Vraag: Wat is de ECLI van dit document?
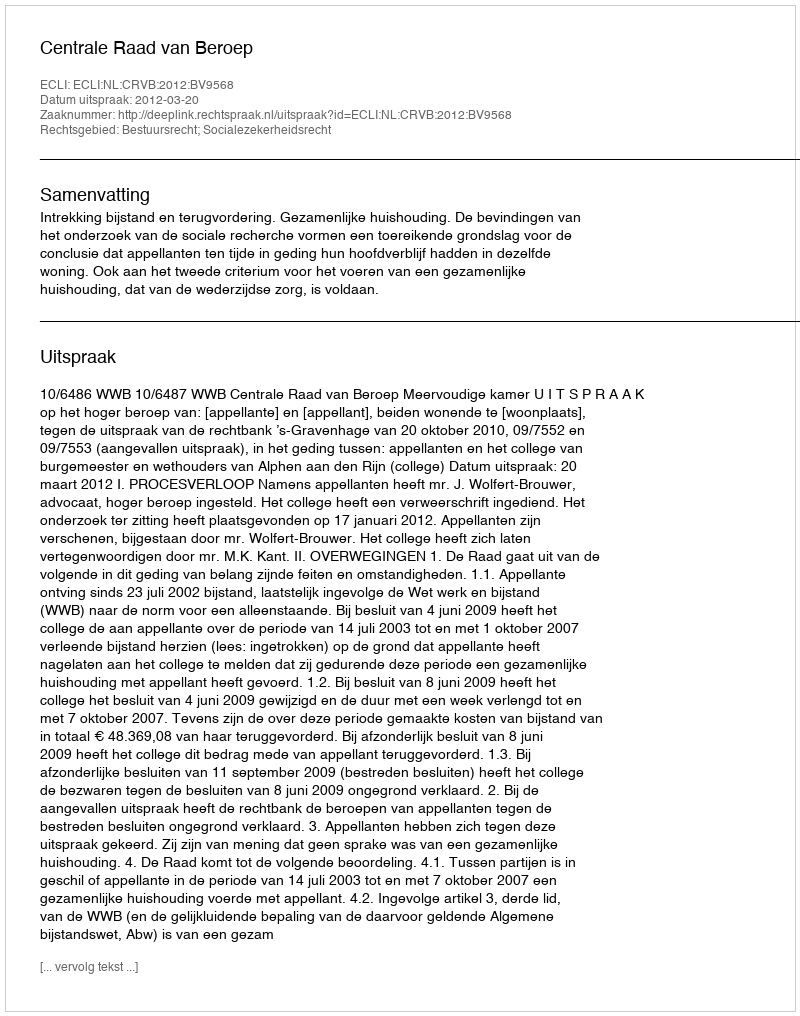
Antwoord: ECLI:NL:CRVB:2012:BV9568